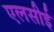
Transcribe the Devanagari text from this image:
एलसीई